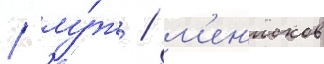
/ лу́ж / м'ен'исков